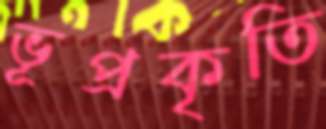
ভূপ্রকৃতি